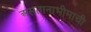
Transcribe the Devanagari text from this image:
असतानाभीमाची